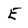
Character: E